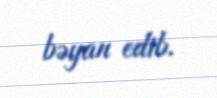
bəyan edib.